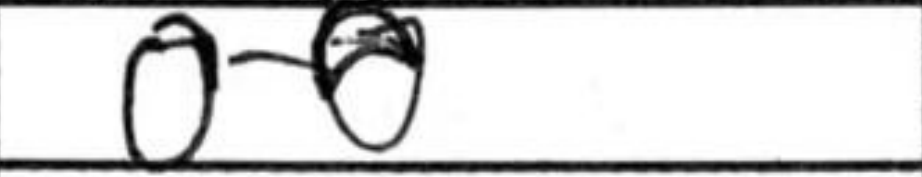
Transcription: O-O